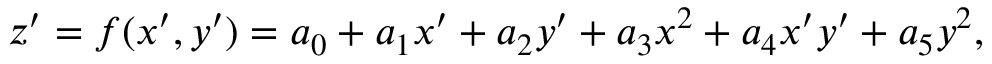
z ^ { \prime } = f ( x ^ { \prime } , y ^ { \prime } ) = a _ { 0 } + a _ { 1 } x ^ { \prime } + a _ { 2 } y ^ { \prime } + a _ { 3 } x ^ { 2 } + a _ { 4 } x ^ { \prime } y ^ { \prime } + a _ { 5 } y ^ { 2 } ,